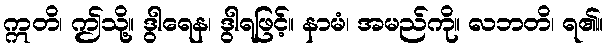
ဣတိ၊ ဤသို့။ ဒွါရေန၊ ဒွါရဖြင့်။ နာမံ၊ အမည်ကို။ လဘတိ၊ ရ၏။